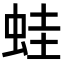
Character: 蛙